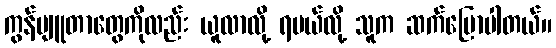
ကွန်ပျူတာတွေကိုလည်း ယူလာလို့ ရမယ်လို့ သူက ဆက်ပြောပါတယ်။